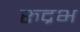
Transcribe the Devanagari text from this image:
रुद्रभ